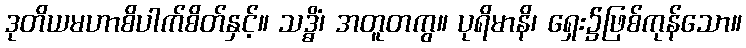
ဒုတိယမဟာစိပါက်စိတ်နှင့်။ သဒ္ဓိံ၊ အတူတကွ။ ပုရိမာနိ၊ ရှေး၌ဖြစ်ကုန်သော။